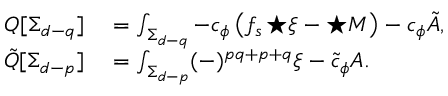
\begin{array} { r l } { Q [ \Sigma _ { d - q } ] } & { { } = \int _ { \Sigma _ { d - q } } - c _ { \phi } \left( f _ { s } \, { \star \xi } - { \star \cal M } \right) - c _ { \phi } \tilde { A } , } \\ { \tilde { Q } [ \Sigma _ { d - p } ] } & { { } = \int _ { \Sigma _ { d - p } } ( - ) ^ { p q + p + q } \xi - \tilde { c } _ { \phi } A . } \end{array}